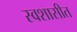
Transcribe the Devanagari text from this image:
स्वशासीत